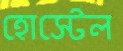
হোস্টেল